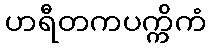
ဟရီတကပက္ကိကံ